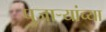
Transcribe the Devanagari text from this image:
पुजाऱ्यांच्या